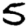
Digit: 5